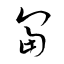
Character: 富